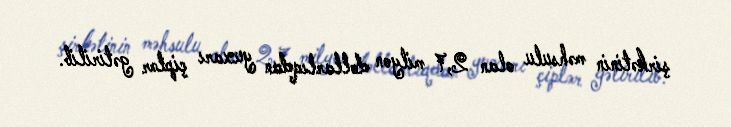
şirkətinin məhsulu olan 2,7 milyon dollarlıqdan yuxarı çiplər gətirilib.